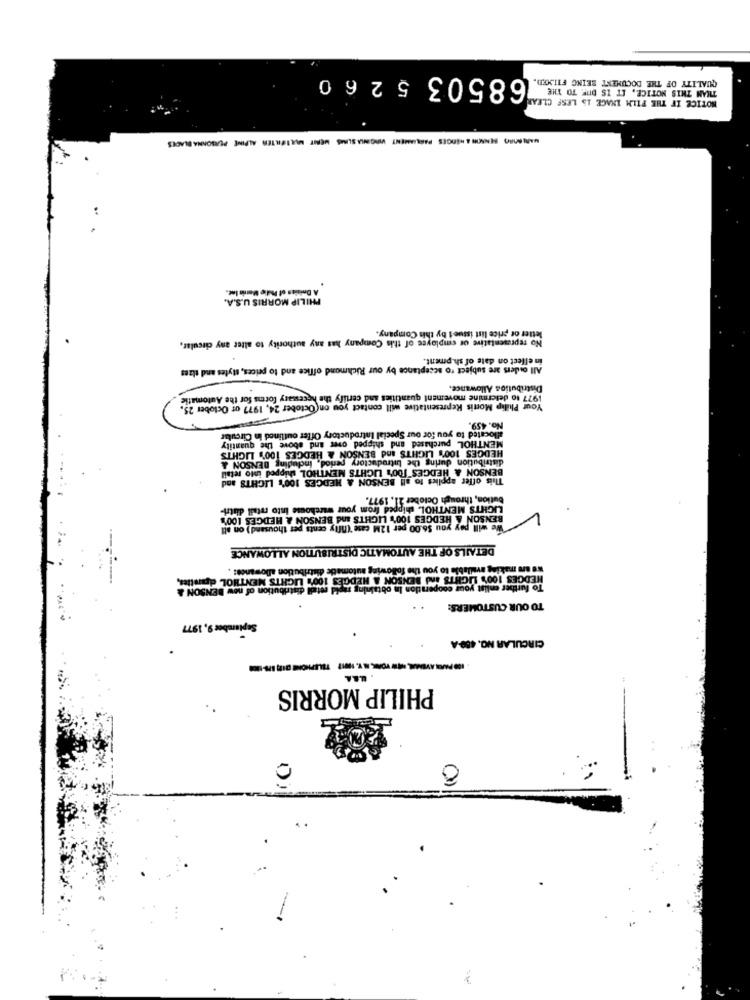
68503 5260
QUALITY OF THE DOCUMENT BEING FILMED.
THAN THIS NOTICE, IT IS DIE TO THE
NOTICE IF THE FILM LNAGE 15 LESF CLEAR
MARIANO MANW & HEDGES PARLIAMENT VIRGINIASIMS MENT MULIFILTER ALPINE PERSONNABLADES
:
PHILIP MORRIS U.S.A.
letter of price list issue i by this Company.
No representative of employee of this Company has any authority to alter any circular,
in effect on date of sh.pment.
All ouders are subject to acceptance by our Richmond office and to prices, styles and tlzes
Distribution Allowance.
1977 to determine movement quantities and certify the hecesary forms for the Automatic
Your Philip Morris Representative will contact you on October 24, 1977 of October 25.
No. 459.
allocated to you for our Special Introductory Offer outlined in Circular
HEDGES 100's LIGHTS
MENTHOL purchased and shipped over and above the quantity
IGHTS and BENSON & HEDGES 100'} LIGHTS
distribution during the Introductory period, Including BENSON &
BENSON & HEDGES 100% LIGHTS MENTHOL shipped into retail
This offer applies to all BENSON & HEDGES 100's LIGHTS and
bution, through October 21, 1977.
LIGHTS MENTHOL, shipped from your warehouse into retail distri-
BENSON & HEDGES 100% LIGHTS and BENSON & HEDGES 10
/ We will pay you $6.00 per 12M case '(fifty cents per thousand) on alt
DETAILS OF THE AUTOMATIC DISTRIBUTION ALLOWANCE
we are making available to you the following automatie distribution allowance: .
HEDGES 100% LIGHTS And BENSON & HEDGES 100% LIGHTS MENTHOL dontics,
ng sanid retail distribution of new BENSON &
To further enlist your cooperation In o
TO OUR CUSTOMERS:
September 9, 1977
CIRCULAR NO. 480-A
PHILIP MORRIS
0